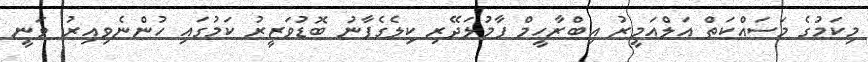
މިކަމުގެ މަސައްކަތް އަލްއަމީރު އިބްރާހީމް ފާމުލަދޭރި ކިލެގެފާނު ބޮޑުވަޒީރު ކަމުގައި ހުންނެވިއިރު ވަނީ